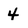
Character: 4